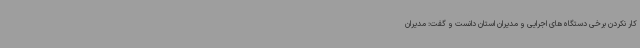
کار نکردن برخی دستگاه‌های اجرایی و مدیران استان دانست و گفت: مدیران